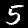
Digit: 5